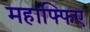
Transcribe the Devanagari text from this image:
महाफ्फिए